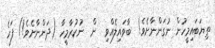
ތިޔަބައިމީހުން ނުގަންނާށެވެ!  ބާވައިލެއްވި  ން  ނުކުރާމީހާ (ދަންނާށެވެ!) ފަހެ